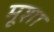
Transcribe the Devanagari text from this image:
मूशा